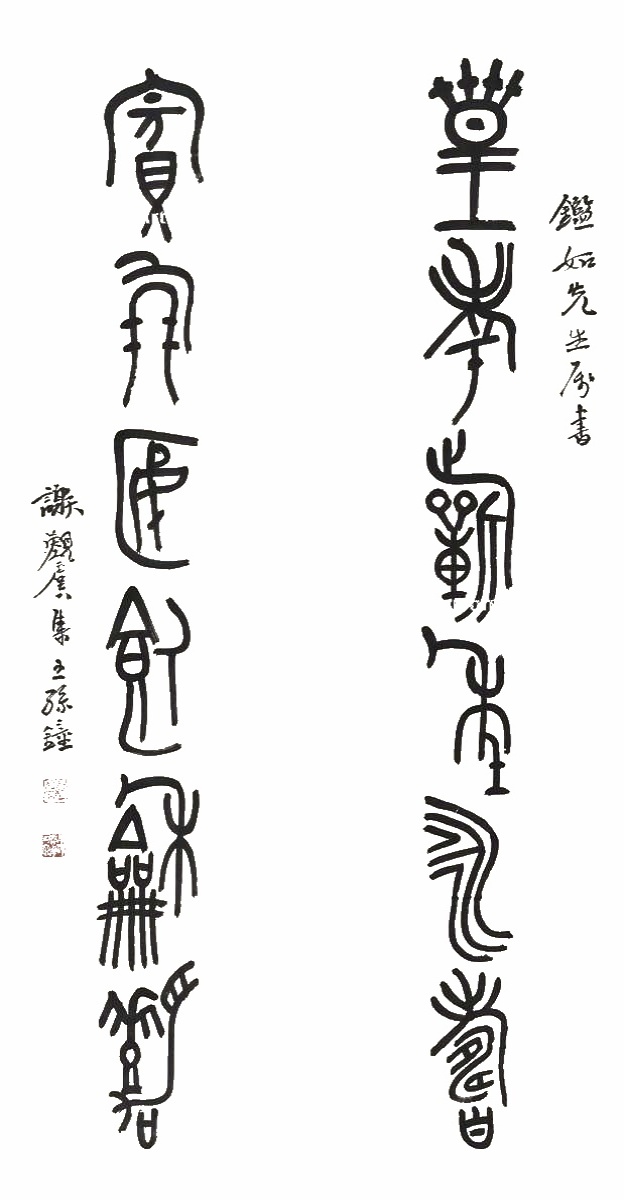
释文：皇考祈年永寿，宾朋宴饮龢嘉。鉴如先生属书，谢觐虞集王孙钟。